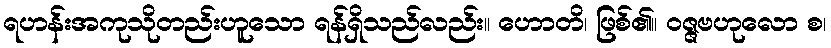
ရဟန်းအကုသိုတည်းဟူသော ရန်ရှိသည်လည်း။ ဟောတိ၊ ဖြစ်၏။ ဝဇ္ဇဗဟုလော စ၊